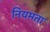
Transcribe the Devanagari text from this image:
नियमता